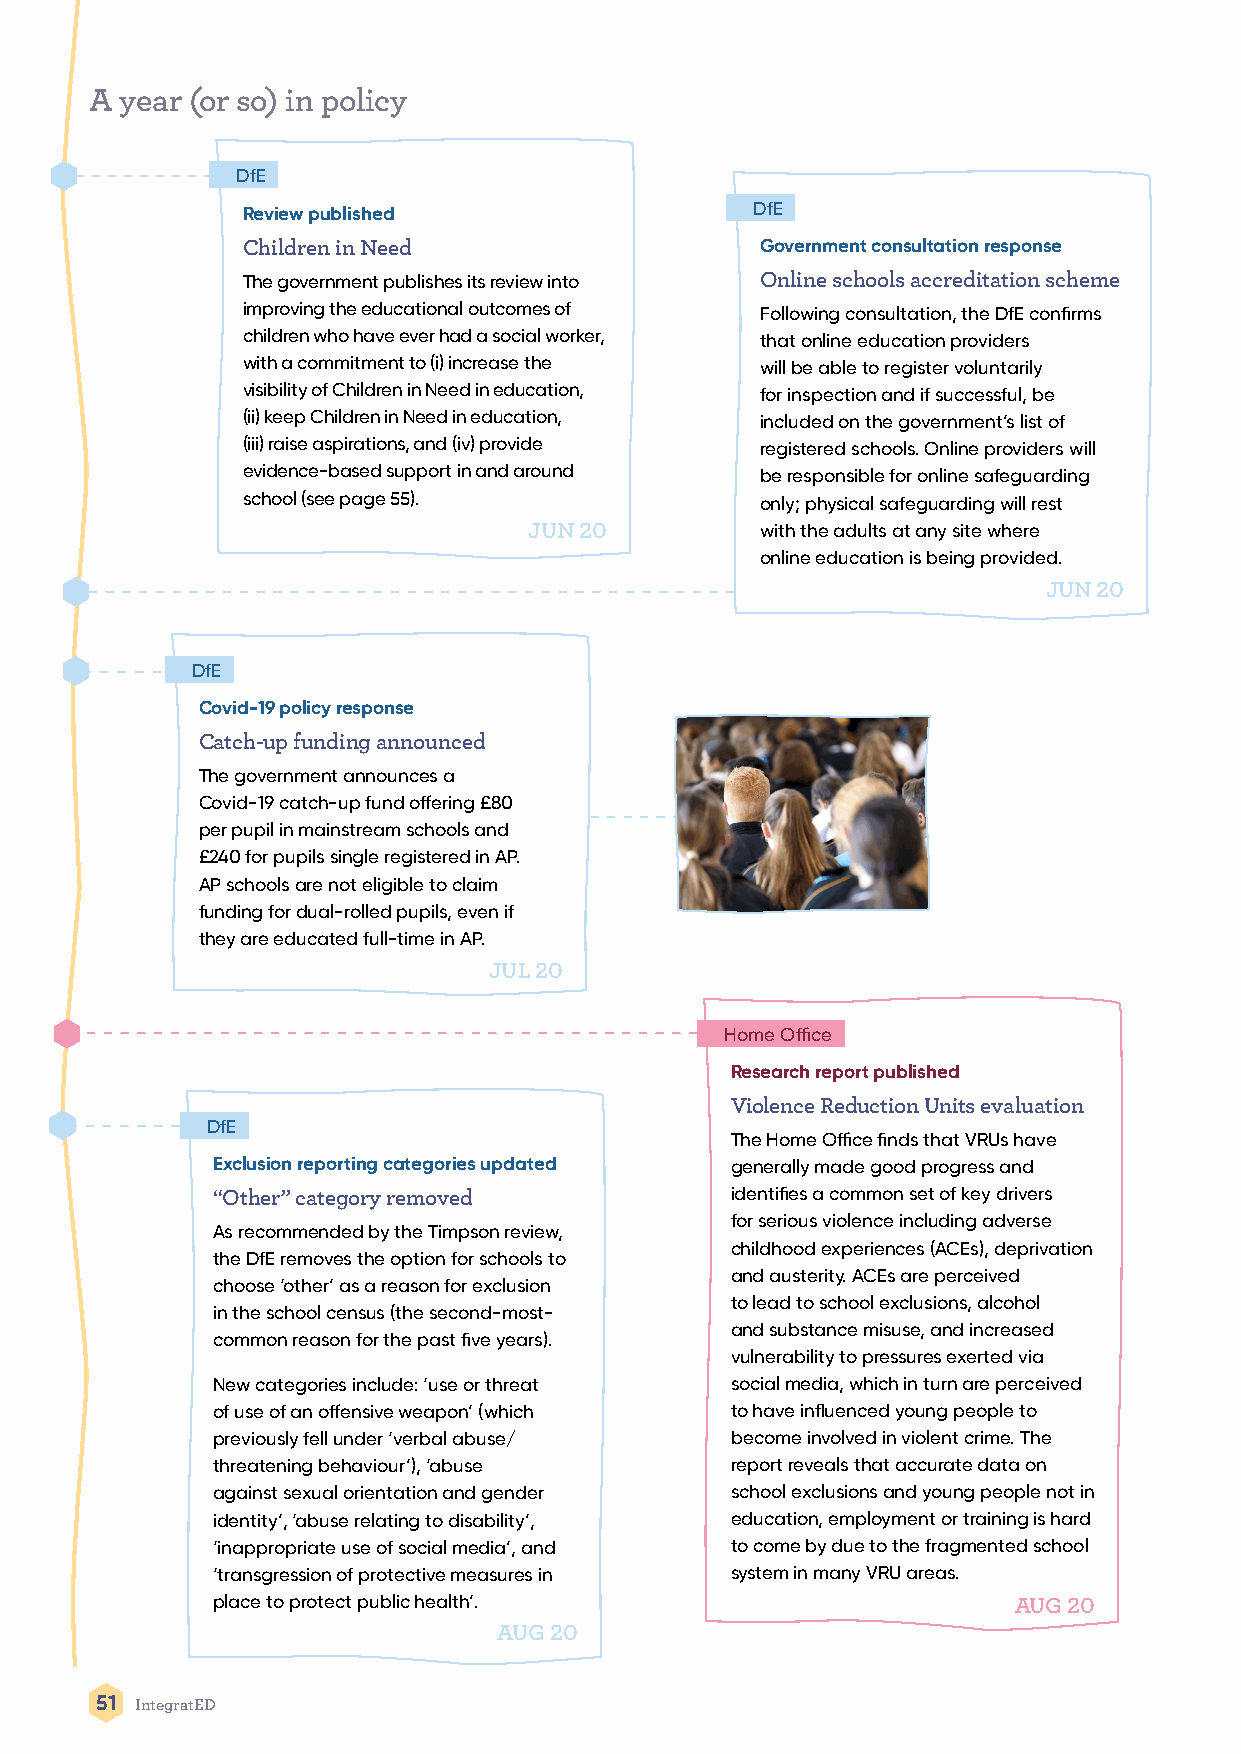
A year (or so) in policy
 DfE
 Review published                  DfE
 Children in Need                  Government consultation response
 The government publishes its review into Online schools accreditation scheme
 improving the educational outcomes of Following consultation, the DfE confirms
 children who have ever had a social worker, that online education providers
 with a commitment to (i) increase the will be able to register voluntarily
 visibility of Children in Need in education, for inspection and if successful, be
 (ii) keep Children in Need in education, included on the government’s list of
 (iii) raise aspirations, and (iv) provide registered schools. Online providers will
 evidence-based support in and around be responsible for online safeguarding
 school (see page 55).             only; physical safeguarding will rest
 JUN 20         with the adults at any site where
 online education is being provided.
 JUN 20
 DfE
 Covid-19 policy response
 Catch-up funding announced
 The government announces a
 Covid-19 catch-up fund offering £80
 per pupil in mainstream schools and
 £240 for pupils single registered in AP.
 AP schools are not eligible to claim
 funding for dual-rolled pupils, even if
 they are educated full-time in AP.
 JUL 20
 Home Office
 Research report published
 Violence Reduction Units evaluation
 DfE
 The Home Office finds that VRUs have
 Exclusion reporting categories updated generally made good progress and
 “Other” category removed          identifies a common set of key drivers
 for serious violence including adverse
 As recommended by the Timpson review,
 childhood experiences (ACEs), deprivation
 the DfE removes the option for schools to
 and austerity. ACEs are perceived
 choose ‘other’ as a reason for exclusion
 to lead to school exclusions, alcohol
 in the school census (the second-most-
 and substance misuse, and increased
 common reason for the past five years).
 vulnerability to pressures exerted via
 New categories include: ‘use or threat social media, which in turn are perceived
 of use of an offensive weapon’ (which to have influenced young people to
 previously fell under ‘verbal abuse/ become involved in violent crime. The
 threatening behaviour’), ‘abuse   report reveals that accurate data on
 against sexual orientation and gender school exclusions and young people not in
 identity’, ‘abuse relating to disability’, education, employment or training is hard
 ‘inappropriate use of social media’, and to come by due to the fragmented school
 ‘transgression of protective measures in system in many VRU areas.
 place to protect public health’.                     AUG 20
 AUG 20
 51 IntegratED